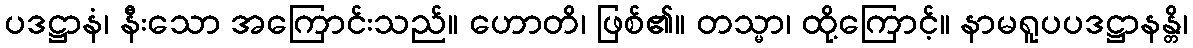
ပဒဋ္ဌာနံ၊ နီးသော အကြောင်းသည်။ ဟောတိ၊ ဖြစ်၏။ တသ္မာ၊ ထို့ကြောင့်။ နာမရူပပဒဋ္ဌာနန္တိ၊